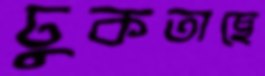
ঢুকতাছে